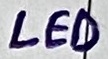
Text: low-going